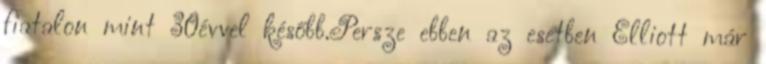
fiatalon mint 30évvel később.Persze ebben az esetben Elliott már